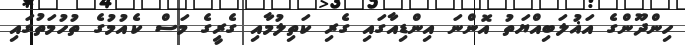
ހިންދޫންގެ އަޣުލަބިއްޔަތު އޮންނަ އިންޑިއާގައި ގެރި ކަތިލުމާއި ގެރީގެ މަސް ކެއުމުގެ ތުހުމަތުގައި